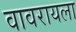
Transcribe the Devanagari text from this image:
वावरायला